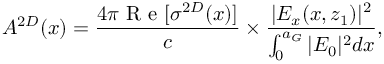
A ^ { 2 D } ( x ) = \frac { 4 \pi \mathrm { ~ R ~ e ~ } [ \sigma ^ { 2 D } ( x ) ] } { c } \times \frac { | E _ { x } ( x , z _ { 1 } ) | ^ { 2 } } { \int _ { 0 } ^ { a _ { G } } | E _ { 0 } | ^ { 2 } d x } ,